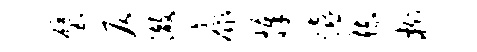
璧仄澈康捧嬉赫榭